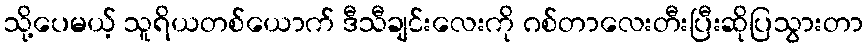
သို့ပေမယ့် သူရိယတစ်ယောက် ဒီသီချင်းလေးကို ဂစ်တာလေးတီးပြီးဆိုပြသွားတာ